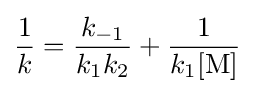
{\frac {1}{k}}={\frac {k_{-1}}{k_{1}k_{2}}}+{\frac {1}{k_{1}[{\ce {M}}]}}